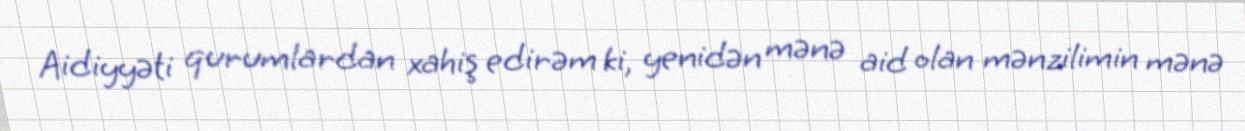
Aidiyyəti qurumlardan xahiş edirəm ki, yenidən mənə aid olan mənzilimin mənə